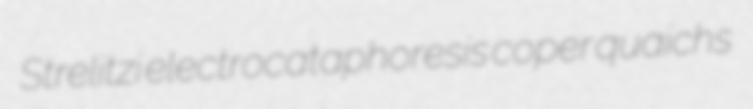
Strelitzi electrocataphoresis coper quaichs